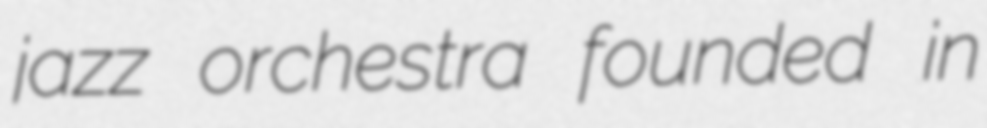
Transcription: jazz orchestra founded in